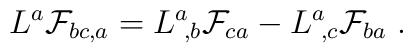
L^a {\cal F}_{bc,a} = L^a\!_{,b} {\cal F}_{ca} - L^a\!_{,c} {\cal F}_{ba} \ .